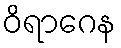
ဝိရာဂေန